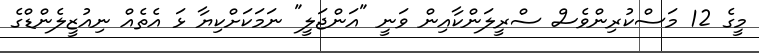
މީގެ 12 މަސްކުރިންވެސް ސްރީލަންކާއިން ވަނީ "އަންޖަލީ" ނަމަކަށްކިޔާ ޅަ އެތެއް ނިއުޒީލެންޑްގެ